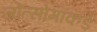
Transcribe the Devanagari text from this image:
जोत्सोमाकडे